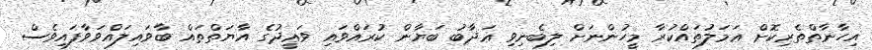
އިހާނާތްތެރިކޮށް ޢަމަލުތައްކުރާ މީހުންނަށް ލިބެނިވި ޢަޛާބު ބަޔާން ކުރައްވައި ވަޢީދުގެ އާޔަތްތައް ބާވައިލައްވަވާފައިވެސް